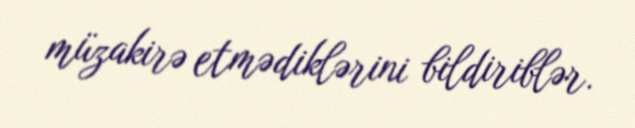
müzakirə etmədiklərini bildiriblər.